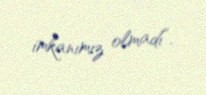
imkanımız olmadı”.